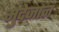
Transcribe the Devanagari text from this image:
मुदेजान